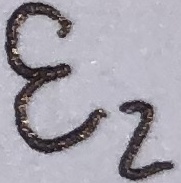
Text: E2